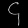
Digit: ၄